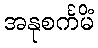
အနုစင်္ကမိံ